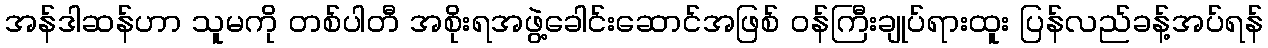
အန်ဒါဆန်ဟာ သူမကို တစ်ပါတီ အစိုးရအဖွဲ့ခေါင်းဆောင်အဖြစ် ဝန်ကြီးချုပ်ရားထူး ပြန်လည်ခန့်အပ်ရန်